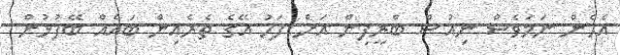
އެހެން ނަމަވެސް ނިއުސް ބްރީފިން އަށް ފަހު އޭގެ ތެރެއިން ބައެއް ބޭފުޅުން